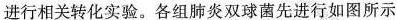
进行相关转化实验。各组肺炎双球菌先进行如图所示